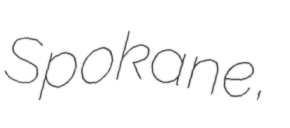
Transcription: Spokane,